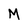
Character: M